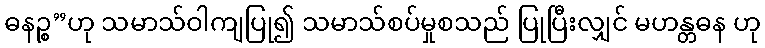
ဓနဉ္စ”ဟု သမာသ်ဝါကျပြု၍ သမာသ်စပ်မှုစသည် ပြုပြီးလျှင် မဟန္တဓန ဟု